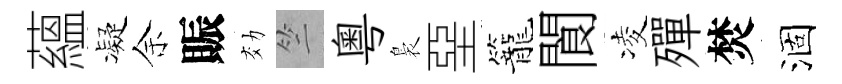
蘊凝余賑効竺粤裊堊籠閬凌殫焚涸